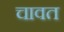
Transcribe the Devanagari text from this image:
चावत